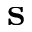
\mathbf { s }